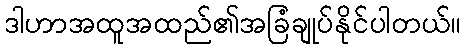
ဒါဟာအထူအထည်၏အခြံချုပ်နိုင်ပါတယ်။